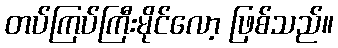
တပ်ကြပ်ကြီးမိုင်လော့ ဖြစ်သည်။